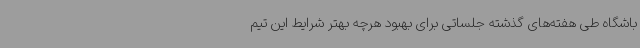
باشگاه طی هفته‌های گذشته جلساتی برای بهبود هرچه بهتر شرایط این تیم